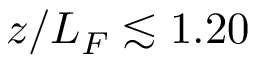
z / L _ { F } \lesssim 1 . 2 0